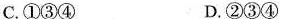
C.①③④ D.②③④